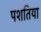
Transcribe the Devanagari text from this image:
पशतिया